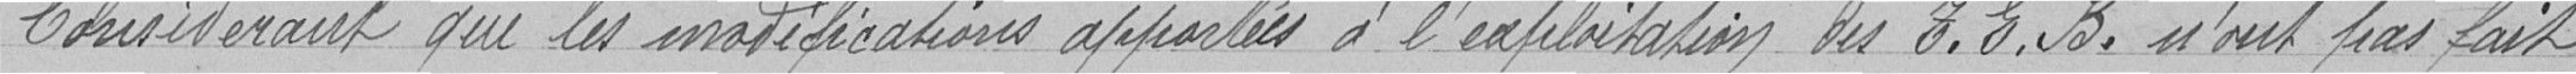
Considérant que les modifications apportées des T.E.B. n'ont pas fait